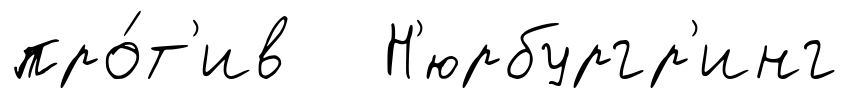
про́т'ив Н'юрбургр'инг